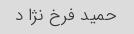
حمید فرخ نژا د